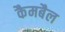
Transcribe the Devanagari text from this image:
कैमबैल